Report on vaccination in Madras 1895-1903 - 1895-1903
Year: 1895
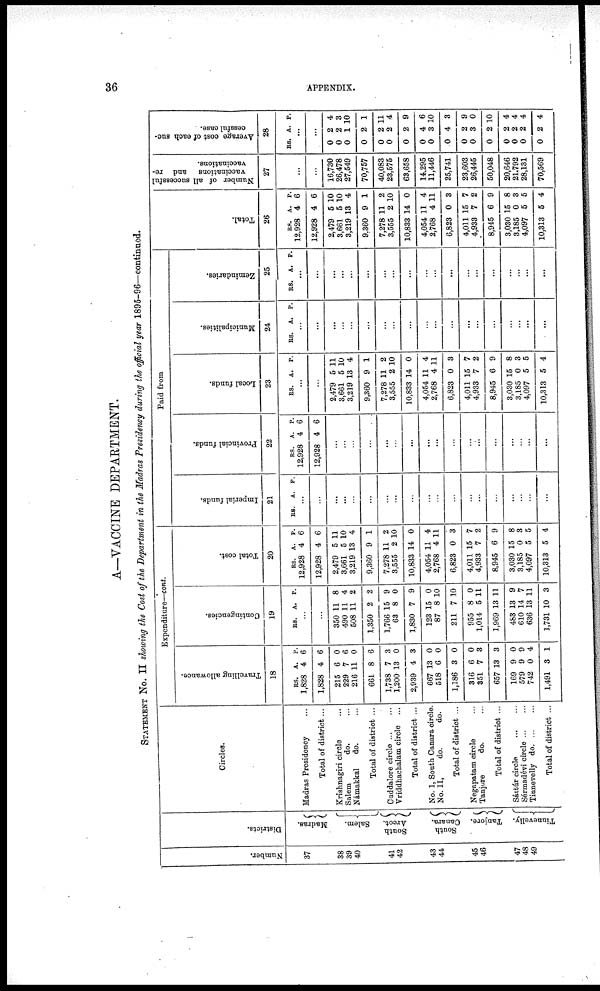
36
APPENDIX.
A—VACCINE DEPARTMENT.
STATEMENT No. II showing the Cost of the Department in the Madras Presidency during the official year 1895-96—continued.
Number.
37
38
39
40
41
42
43
44
45
46
47
48
49
Districts.
Madras.
Salem.
South
Arcot.
South
Canara.
Tanjore.
Tinnevelly.
Circles.
Madras Presidency ...
Total of district ...
Krishnagiri circle ...
Salem
do. ...
Námakkal
do. ...
Total of district ...
Cuddalore circle ... ...
Vriddhachalam circle ...
Total of district ...
No. 1, South Canara circle.
No. II,
do.
do.
Total of district ...
Negapatam circle ...
Tanjore
do. ...
Total of district ...
Sáttúr circle
...
...
Sérmadevi circle ... ...
Tinnevelly
do. ... ...
Total of district ...
Expenditure—cont.
Travelling allowance.
18
RS.
1,828
1,828
215
229
216
661
1,738
1,200
2,939
667
518
1,186
316
351
657
169
579
742
1,491
A.
4
4
6
7
11
8
7
13
4
13
6
3
6
7
13
9
9
0
3
P.
6
6
0
6
0
6
3
0
3
0
0
0
0
3
3
0
9
4
1
Contingencies.
19
RS. A. P.
...
...
350
490
508
1,350
1,766
63
1,830
123
87
211
955
1,014
1,969
483
610
636
1,731
11
11
11
2
15
8
7
15
8
7
8
5
13
13
14
13
10
8
4
2
2
9
0
9
0
10
10
0
11
11
9
7
11
3
Total cost.
20
RS.
12,928
12,928
2,479
3,661
3,219
9,360
7,278
3,555
10,833
4,054
2,768
6,823
4,011
4,933
8,945
3,030
3,185
4,097
10,313
A.
4
4
5
5
13
9
11
2
14
11
4
0
15
7
6
15
0
5
5
P.
6
6
11
10
4
1
2
10
0
4
11
3
7
2
9
8
3
5
4
Paid from
Imperial funds.
21
RS. A. P.
...
...
...
...
...
...
...
...
...
...
...
...
...
...
...
...
...
...
...
Provincial funds.
22
RS.
12,928
12,928
A.
4
4
P.
6
6
...
...
...
...
...
...
...
...
...
...
...
...
...
...
...
...
...
Local funds.
23
RS. A. P.
...
...
2,479
3,661
3,219
9,360
7,278
3,555
10,833
4,054
2,768
6,823
4,011
4,933
8,945
3,030
3,185
4,097
10,313
5
5
13
9
11
2
14
11
4
0
15
7
6
15
0
5
5
11
10
4
1
2
10
0
4
11
3
7
2
9
8
3
5
4
Municipalities.
24
RS. A. P.
...
...
...
...
...
...
...
...
...
...
...
...
...
...
...
...
...
...
...
Zemindaries.
25
RS. A. P.
...
...
...
...
...
...
...
...
...
...
...
...
...
...
...
...
...
...
...
Total.
26
RS.
12,928
12,928
2,479
3,661
3,219
9,360
7,278
3,555
10,833
4,054
2,768
6,823
4,011
4,933
8,945
3,030
3,185
4,097
10,313
A.
4
4
5
5
13
9
11
2
14
11
4
0
15
7
6
15
0
5
5
P.
6
6
10
10
4
1
2
10
0
4
11
3
7
2
9
8
3
5
4
Number of all successful
vaccinations and re-
vaccinations.
27
...
...
16,730
26,478
27,549
70,757
40,083
23,575
63,658
14,295
11,446
25,741
23,603
26,445
50,048
20,646
21,792
28,131
70,569
Average cost of each suc-
cessful case.
28
RS. A. P.
...
...
0
0
0
0
0
0
0
0
0
0
0
0
0
0
0
0
0
2
2
1
2
2
2
2
4
3
4
2
3
2
2
2
2
2
4
3
10
1
11
4
9
6
10
3
9
0
10
4
4
4
4